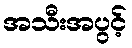
အသီးအပွင့်